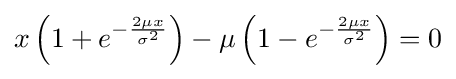
x\left(1+e^{-{\frac {2\mu x}{\sigma ^{2}}}}\right)-\mu \left(1-e^{-{\frac {2\mu x}{\sigma ^{2}}}}\right)=0